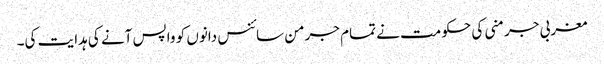
مغربی جرمنی کی حکومت نے تمام جرمن سائنس دانوں کو واپس آنے کی ہدایت کی۔